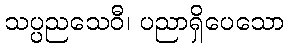
သပ္ပညသေဝီ၊ ပညာရှိပေသော